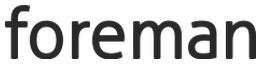
foreman